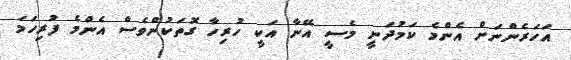
އަހަރެންނަށް އެންމެ ކަމުދަނީ މެސީ އޭނާ އަކީ ހުރިހާ ގޮތަކުންވެސް އެންމެ ފުރިހަމަ